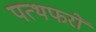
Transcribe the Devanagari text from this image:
पत्थफरों